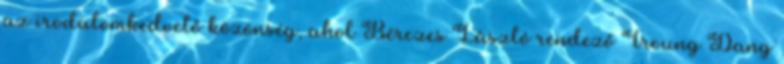
az irodalomkedvelő közönség, ahol Bérczes László rendező Troung Dang